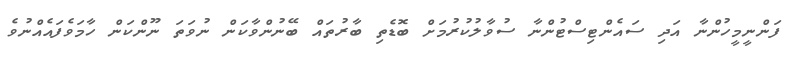
ފަންނީމީހުންނާ އަދި ސައެންޓިސްޓުންނާ ސުވާލުކުރުމަށް ބޮޑެތި ބާރުތައް ބޭނުންވާކަން ނުވަތަ ނޫންކަން ހާމަވެފައެއްނުވެ